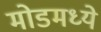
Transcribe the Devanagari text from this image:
मोडमध्ये